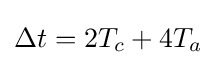
\Delta t=2T_{c}+4T_{a}